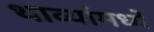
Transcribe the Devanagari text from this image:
थाव्यांमध्ये